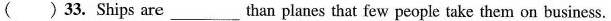
( ) 33、Ships are__ than planes that few people take them on business.